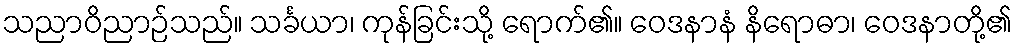
သညာဝိညာဉ်သည်။ သင်္ခယာ၊ ကုန်ခြင်းသို့ ရောက်၏။ ဝေဒနာနံ နိရောဓာ၊ ဝေဒနာတို့၏